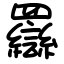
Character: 羉